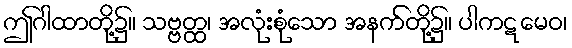
ဤဂါထာတို့၌။ သဗ္ဗတ္ထ၊ အလုံးစုံသော အနက်တို့၌။ ပါကဋမေဝ၊